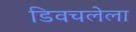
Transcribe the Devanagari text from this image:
डिवचलेला